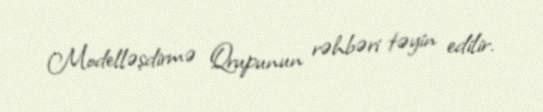
Modelləşdirmə Qrupunun rəhbəri təyin edilir.